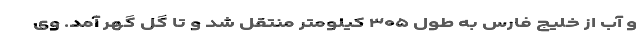
و آب از خلیج فارس به طول ۳۰۵ کیلومتر منتقل شد و تا گل گهر آمد. وی